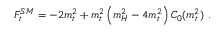
F _ { t } ^ { S M } = - 2 m _ { t } ^ { 2 } + m _ { t } ^ { 2 } \left( m _ { H } ^ { 2 } - 4 m _ { t } ^ { 2 } \right) C _ { 0 } ( m _ { t } ^ { 2 } ) \, \, .